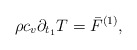
\begin{align*}\rho c_v \partial_ {t_1}T= {\bar F}^{(1)},\end{align*}